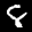
Label: 8